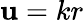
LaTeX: \mathbf{u}=kr